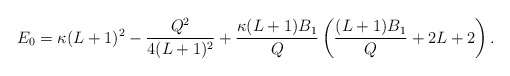
\begin{align*} E_0 = \kappa(L+1)^2 - \frac{Q^2}{4(L+1)^2} + \frac{\kappa(L+1)B_1}{Q} \left(\frac{(L+1)B_1}{Q} +2L+2\right).\end{align*}